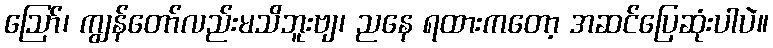
ဪ၊ ကျွန်တော်လည်းမသိဘူးဗျ၊ ညနေ ရထားကတော့ အဆင်ပြေဆုံးပါပဲ။